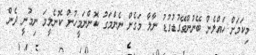
މިކަމަށް ހައްލެން ބޭނުންވޭގުޑުގުޑު ނާލާ މަގެށް ނެންމަގު ކޮންނަމީހުން ކޮނެލީމަ ނިމުނީ ދެން